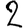
Digit: 2